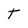
Character: T